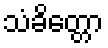
သံခိတ္တော